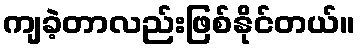
ကျခဲ့တာလည်းဖြစ်နိုင်တယ်။